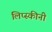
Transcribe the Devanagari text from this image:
लिप्स्कीनी